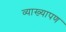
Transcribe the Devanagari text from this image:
व्याख्यापण